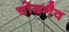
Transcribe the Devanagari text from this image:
चोदनैव